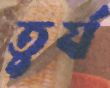
তুর্য